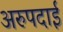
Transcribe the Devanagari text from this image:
अरुपदाई